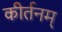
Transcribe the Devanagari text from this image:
कीर्तनम्